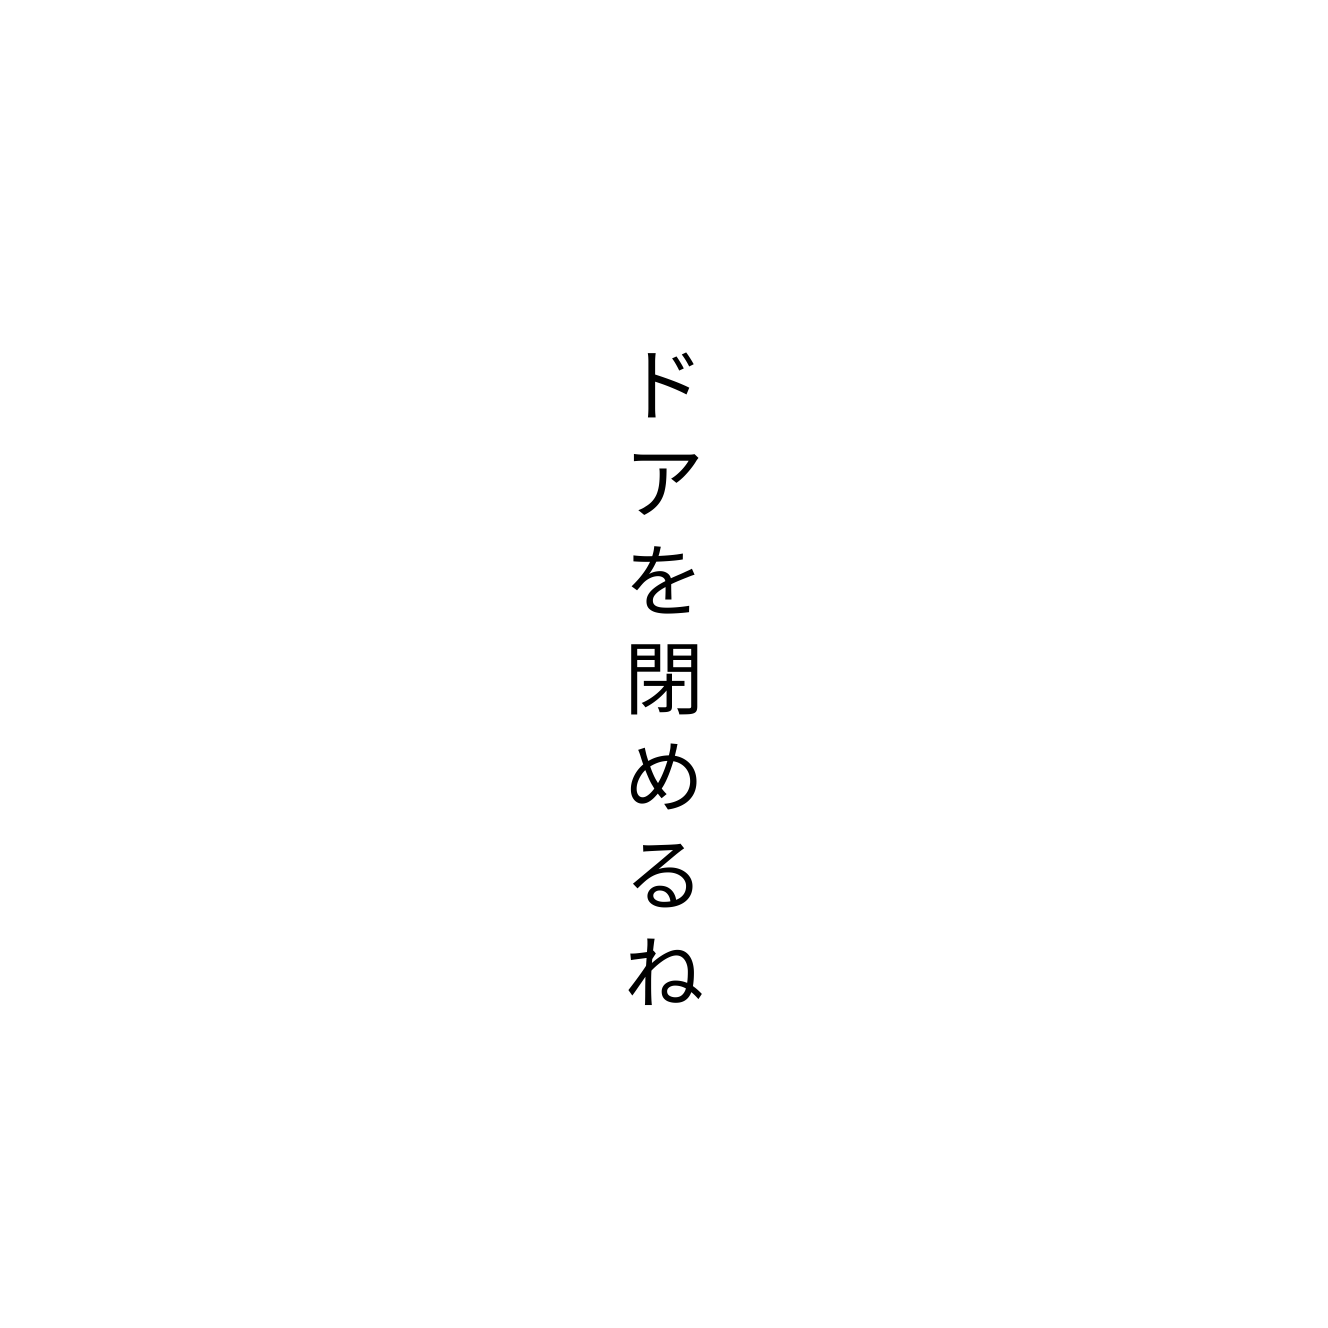
ドアを閉めるね